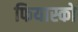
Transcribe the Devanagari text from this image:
फियास्को